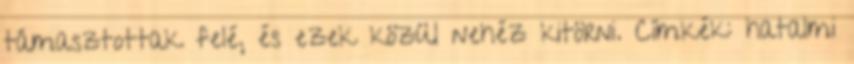
támasztottak felé, és ezek közül nehéz kitörni. Címkék: hatalmi